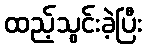
ထည့်သွင်းခဲ့ပြီး